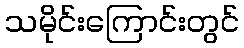
သမိုင်းကြောင်းတွင်